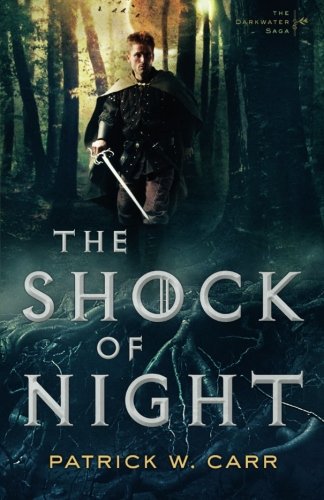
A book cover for The Shock of Night (The Darkwater Saga); Patrick W. Carr; Christian Books & Bibles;